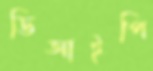
ডিআইপি